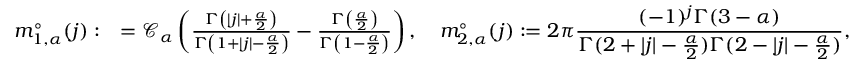
\begin{array} { r l } { \displaystyle m _ { 1 , \alpha } ^ { \circ } ( j ) : } & { = \mathcal { C } _ { \alpha } \left( \frac { \Gamma \left( | j | + \frac { \alpha } { 2 } \right) } { \Gamma \left( 1 + | j | - \frac { \alpha } { 2 } \right) } - \frac { \Gamma \left( \frac { \alpha } { 2 } \right) } { \Gamma \left( 1 - \frac { \alpha } { 2 } \right) } \right) , \quad \displaystyle m _ { 2 , \alpha } ^ { \circ } ( j ) : = 2 \pi \frac { ( - 1 ) ^ { j } \Gamma ( 3 - \alpha ) } { \Gamma ( 2 + | j | - \frac { \alpha } { 2 } ) \Gamma ( 2 - | j | - \frac { \alpha } { 2 } ) } , } \end{array}